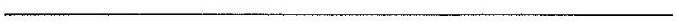
__________________